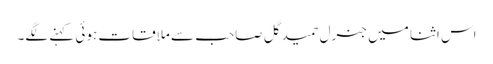
اس اثنا میں جنرل حمید گل صاحب سے ملاقات ہوئی کہنے لگے۔